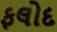
ફલોદ